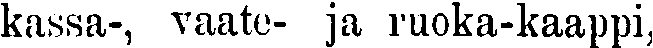
kassa-, vaate- ja ruoka-kaappi,